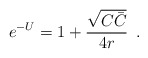
\begin{align*}e^{-U}=1+{\sqrt{C\bar C}\over 4 r}\, \ .\end{align*}